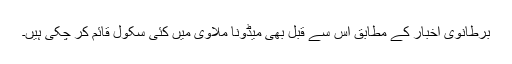
برطانوی اخبار کے مطابق اس سے قبل بھی میڈونا ملاوی میں کئی سکول قائم کر چکی ہیں۔